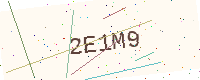
Text: 2E1M9